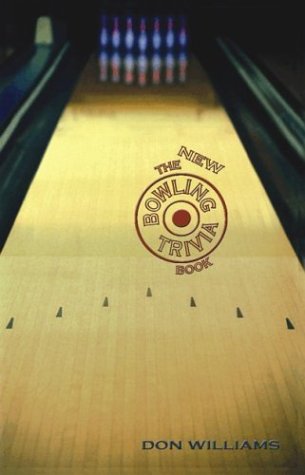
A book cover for The New Bowling Trivia Book; Donald Williams; Sports & Outdoors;